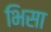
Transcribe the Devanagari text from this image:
भिसा